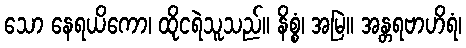
သော နေရယိကော၊ ထိုငရဲသူသည်။ နိစ္စံ၊ အမြဲ။ အန္တရဗာဟိရံ၊